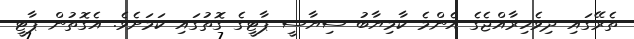
ތެރޭގައި ދިވެހިރާއްޖެގެ އެންމެ ކާމިޔާބު ސިޔާސީ ޕާޓީގެ ގޮތުގައި ކަމަށެވެ. އެގޮތުން ޕާޓީ